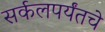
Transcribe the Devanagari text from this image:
सर्कलपर्यंतचे